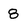
Character: 8